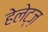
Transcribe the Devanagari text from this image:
हेलेट्ज़